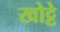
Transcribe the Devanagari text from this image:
खोट्टे